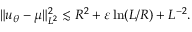
\| u _ { \theta } - \mu \| _ { L ^ { 2 } } ^ { 2 } \lesssim R ^ { 2 } + \varepsilon \ln ( L / R ) + L ^ { - 2 } .